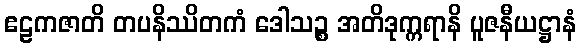
ဧဠကဇာတိ တပနိဿိတကံ ဒေါသဉ္စ အတိဒုက္ကရာနိ ပူဇနီယဋ္ဌာနံ